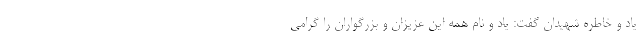
یاد و خاطره شهیدان گفت: یاد و نام همه این عزیزان و بزرگواران را گرامی